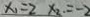
x _ { 1 } = 2 x _ { 2 } = - 2